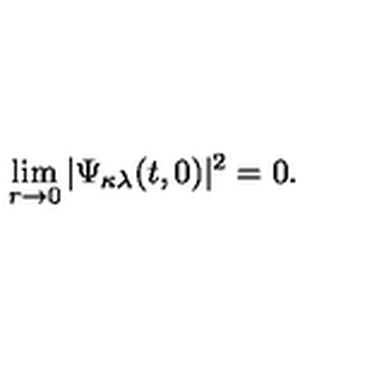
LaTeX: \lim _ { r \rightarrow 0 } | \Psi _ { \kappa \lambda } ( t , 0 ) | ^ { 2 } = 0 .